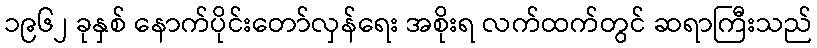
၁၉၆၂ ခုနှစ် နောက်ပိုင်းတော်လှန်ရေး အစိုးရ လက်ထက်တွင် ဆရာကြီးသည်